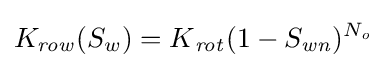
K_{\mathit {row}}(S_{w})=K{_{\mathit {rot}}}(1-S_{\mathit {wn}})^{N_{\mathit {o}}}